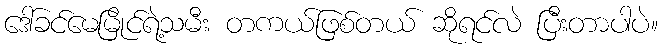
ဒေါ်ခင်မေမြိုင်ရဲ့သမီး တကယ်ဖြစ်တယ် ဆိုရင်လဲ ပြီးတာပါပဲ။